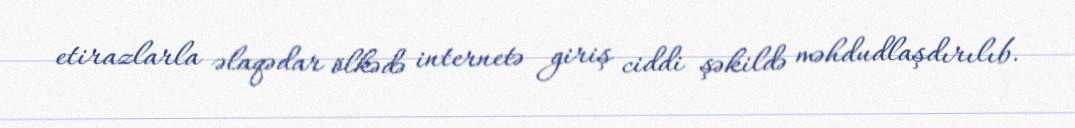
etirazlarla əlaqədar ölkədə internetə giriş ciddi şəkildə məhdudlaşdırılıb.